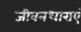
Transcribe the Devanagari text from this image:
जीवनधाराएं